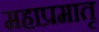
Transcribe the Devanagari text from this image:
महाप्रमातृ